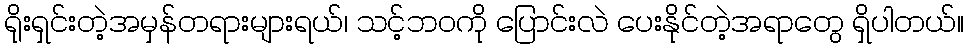
ရိုးရှင်းတဲ့အမှန်တရားများရယ်၊ သင့်ဘ၀ကို ပြောင်းလဲ ပေးနိုင်တဲ့အရာတွေ ရှိပါတယ်။